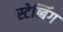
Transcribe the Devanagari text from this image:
स्टेब्बिंग